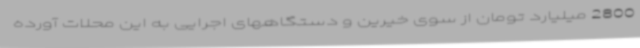
2800 میلیارد تومان از سوی خیرین و دستگاههای اجرایی به این محلات آورده